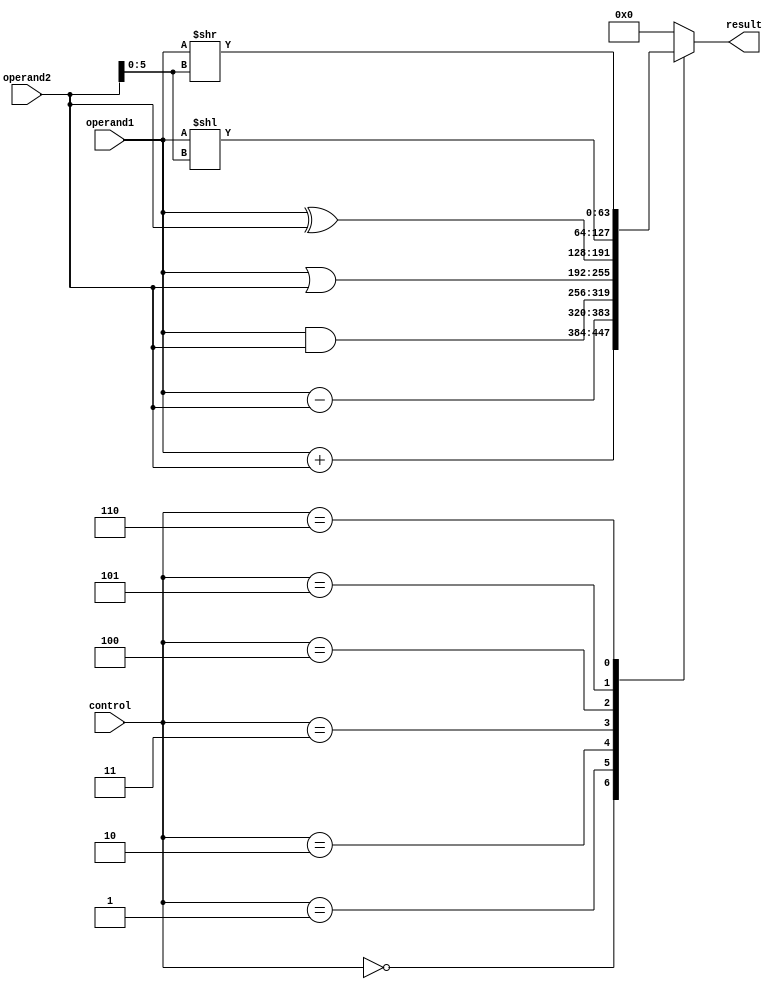
module ALU_64bit (
    input [63:0] operand1,
    input [63:0] operand2,
    input [2:0] control,
    output reg [63:0] result
);

always @(*) begin
    case(control)
        3'b000: result = operand1 + operand2; // Addition
        3'b001: result = operand1 - operand2; // Subtraction
        3'b010: result = operand1 & operand2; // Bitwise AND
        3'b011: result = operand1 | operand2; // Bitwise OR
        3'b100: result = operand1 ^ operand2; // Bitwise XOR
        3'b101: result = operand1 << operand2[5:0]; // Left shift
        3'b110: result = operand1 >> operand2[5:0]; // Right shift
        default: result = 64'b0; // Default to 0
    endcase
end

endmodule